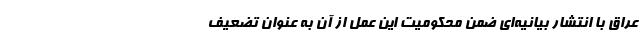
عراق با انتشار بیانیه‌ای ضمن محکومیت این عمل از آن به عنوان تضعیف